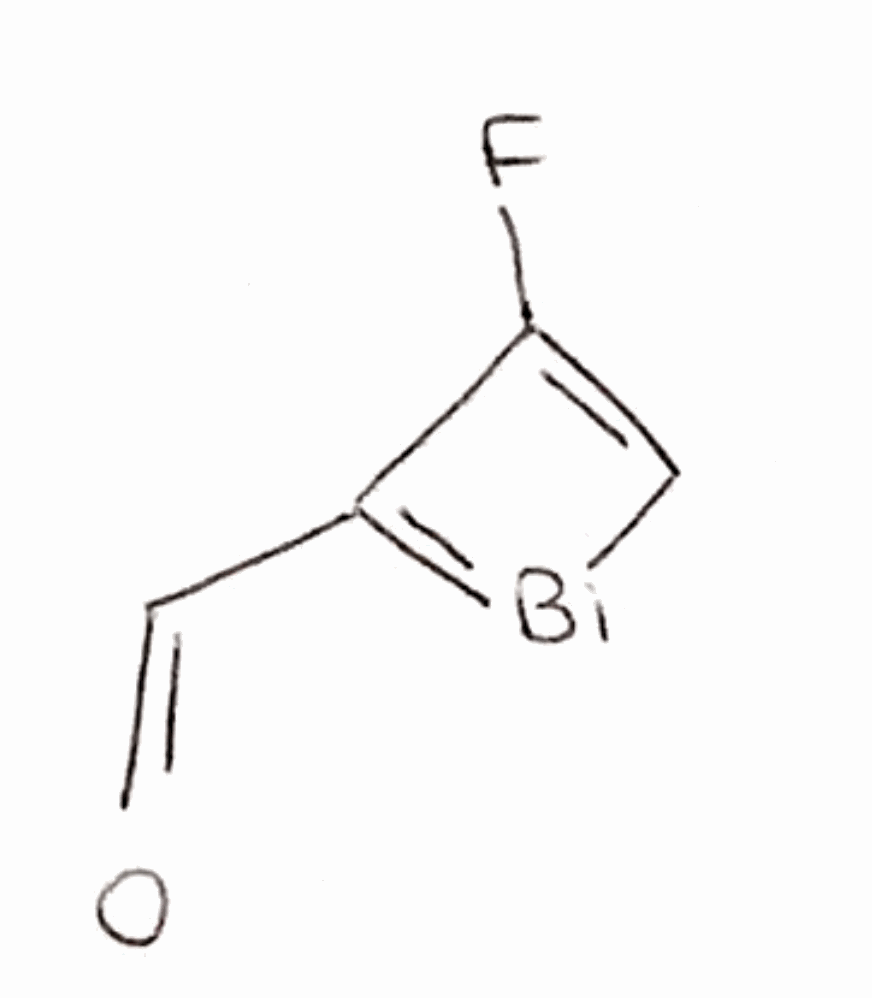
Simplified molecular-input line-entry system (SMILES) notation of the given molecule:
C1=C(C(=[Bi]1)C=O)F